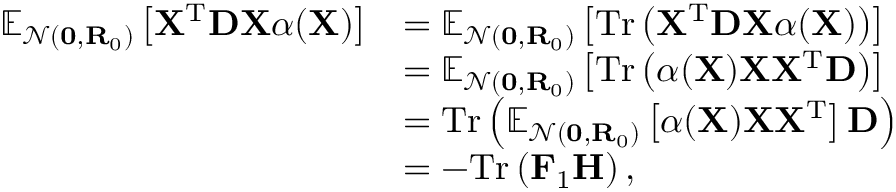
\begin{array} { r l } { \mathbb { E } _ { \mathcal { N } ( \mathbf { 0 } , \mathbf { R } _ { 0 } ) } \left[ \mathbf { X } ^ { \mathrm { T } } \mathbf { D } \mathbf { X } \alpha ( \mathbf { X } ) \right] } & { = \mathbb { E } _ { \mathcal { N } ( \mathbf { 0 } , \mathbf { R } _ { 0 } ) } \left[ \mathrm { T r } \left( \mathbf { X } ^ { \mathrm { T } } \mathbf { D } \mathbf { X } \alpha ( \mathbf { X } ) \right) \right] } \\ & { = \mathbb { E } _ { \mathcal { N } ( \mathbf { 0 } , \mathbf { R } _ { 0 } ) } \left[ \mathrm { T r } \left( \alpha ( \mathbf { X } ) \mathbf { X } \mathbf { X } ^ { \mathrm { T } } \mathbf { D } \right) \right] } \\ & { = \mathrm { T r } \left( \mathbb { E } _ { \mathcal { N } ( \mathbf { 0 } , \mathbf { R } _ { 0 } ) } \left[ \alpha ( \mathbf { X } ) \mathbf { X } \mathbf { X } ^ { \mathrm { T } } \right] \mathbf { D } \right) } \\ & { = - \mathrm { T r } \left( \mathbf { F } _ { 1 } \mathbf { H } \right) , } \end{array}